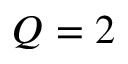
Q = 2